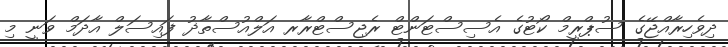
ދިވެހިރާއްޖޭގެ ސުޕްރީމް ކޯޓުގެ އެސިސްޓަންޓް ރެޖިސްޓްރާރ އަލްއުސްތާޛު ފައިސަލް އާދަމް ވަނީ މި